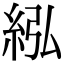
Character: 紭